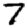
Digit: 7